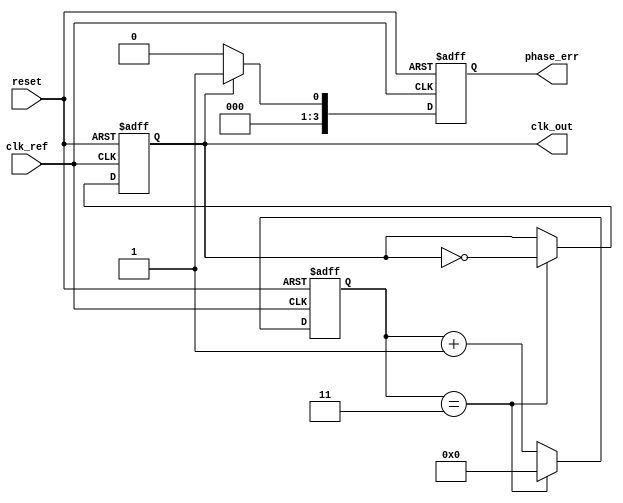
module low_jitter_pll (
    input wire clk_ref,        // Reference clock input
    input wire reset,          // Reset signal
    output reg clk_out,        // Output clock
    output reg [N-1:0] phase_err // Phase error signal
);

parameter N = 4;              // Division ratio
parameter VCO_MAX_FREQ = 100; // Maximum frequency for VCO
parameter VCO_MIN_FREQ = 10;  // Minimum frequency for VCO
parameter LOOP_FILTER_GAIN = 1; // Gain for the loop filter

reg [N-1:0] counter;          // Frequency divider counter
reg [31:0] vco_control;        // Control voltage for VCO
reg [31:0] vco_freq;           // Current VCO frequency
reg vco_enable;                // VCO enable signal

// Phase Detector (PD)
always @(posedge clk_ref or posedge reset) begin
    if (reset) begin
        phase_err <= 0;
    end else begin
        // Simple phase detector logic (this is a placeholder)
        // In a real design, a more complex PD would be implemented
        phase_err <= clk_out ? 1 : 0; // Example error signal
    end
end

// Loop Filter (LF)
always @(posedge clk_ref or posedge reset) begin
    if (reset) begin
        vco_control <= 0;
    end else begin
        // Simple loop filter logic (this is a placeholder)
        vco_control <= vco_control + (phase_err * LOOP_FILTER_GAIN);
        // Clamp the control voltage to the VCO range
        if (vco_control > VCO_MAX_FREQ) begin
            vco_control <= VCO_MAX_FREQ;
        end else if (vco_control < VCO_MIN_FREQ) begin
            vco_control <= VCO_MIN_FREQ;
        end
    end
end

// Voltage-Controlled Oscillator (VCO)
always @(posedge clk_ref or posedge reset) begin
    if (reset) begin
        vco_freq <= VCO_MIN_FREQ;
    end else begin
        // Adjust VCO frequency based on control voltage
        vco_freq <= vco_control; // Example: direct mapping for simplicity
    end
end

// Frequency Divider
always @(posedge clk_ref or posedge reset) begin
    if (reset) begin
        counter <= 0;
        clk_out <= 0;
    end else begin
        if (counter == (N-1)) begin
            clk_out <= ~clk_out; // Toggle output clock
            counter <= 0;        // Reset counter
        end else begin
            counter <= counter + 1; // Increment counter
        end
    end
end

endmodule